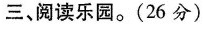
三、阅读乐园。(26分)